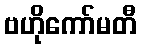
ဗဟိုကော်မတီ